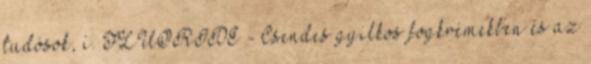
tudósok, í. FLUORIDE - Csendes gyilkos fogkrémekben és az